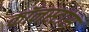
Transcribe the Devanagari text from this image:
कॉनस्टांस